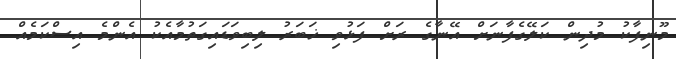
މޫނިފާކު މުދިން ކަލޭގެފާނަށް އޭނާގެ ރަށް ފަޅުވި ޚަބަރު ލިބިވަޑައިގަތުމާއެކު އެންމެ އިސްކަމެއް